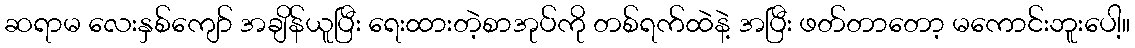
ဆရာမ လေးနှစ်ကျော် အချိန်ယူပြီး ရေးထားတဲ့စာအုပ်ကို တစ်ရက်ထဲနဲ့ အပြီး ဖတ်တာတော့ မကောင်းဘူးပေါ့။